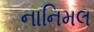
નાનિમલ